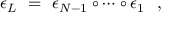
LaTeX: \epsilon _ { L } \ = \ \epsilon _ { N - 1 } \circ \cdots \circ \epsilon _ { 1 } \ \ ,